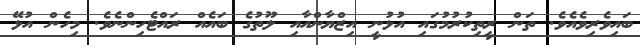
ބައިވެރިވެއެވެ. ތަން ރީތިކުރުމުގައި އުޅުނީ އިޒްޔާންއާއި ލޫތުގެ ބައެއް ރައްޓެހިންނެވެ. މިހެން އުޅޭ